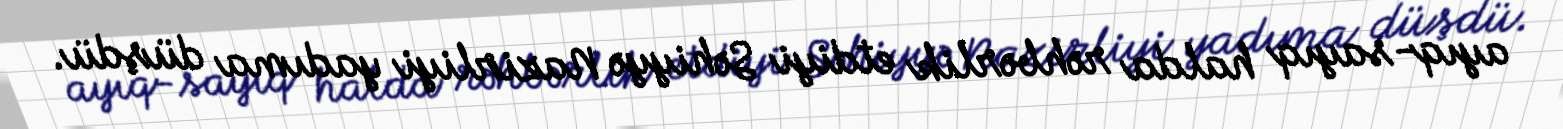
ayıq-sayıq halda rəhbərlik etdiyi Səhiyyə Nazirliyi yadıma düşdü.